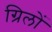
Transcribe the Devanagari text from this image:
ग्रिलों